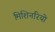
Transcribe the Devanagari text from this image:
मिशिनरियो